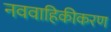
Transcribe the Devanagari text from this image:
नववाहिकीकरण